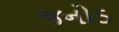
જનોડ